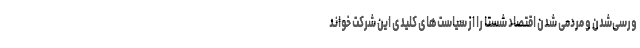
ورسی‌شدن و مردمی شدن اقتصاد شستا را از سیاست‌های کلیدی این شرکت خواند